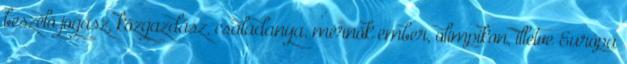
beszélő jogász, közgazdász, családanya, mérnök ember, olimpikon, illetve Európa